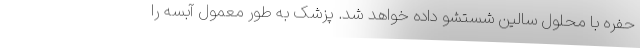
حفره با محلول سالین شستشو داده خواهد شد. پزشک به طور معمول آبسه را